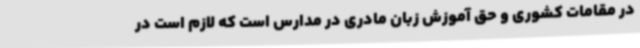
در مقامات کشوری و حق آموزش زبان مادری در مدارس است که لازم است در